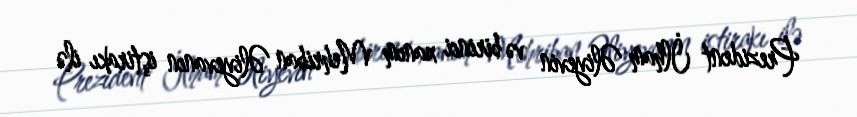
Prezident İlham Əliyevin və birinci xanım Mehriban Əliyevanın iştirakı ilə